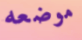
موضعه